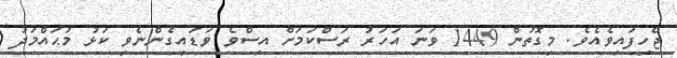
ޖެހިފައިވެއެވެ. މިގޮތުން 1449 ވަނަ އަހަރު ރަސްކަމަށް އިސްވެ ވަޑައިގެންނެވި ކަޅު މުޙައްމަދު